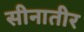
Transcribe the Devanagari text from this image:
सीनातीर